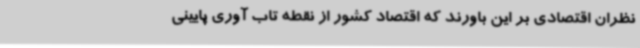
نظران اقتصادی بر این باورند که اقتصاد کشور از نقطه تاب آوری پایینی